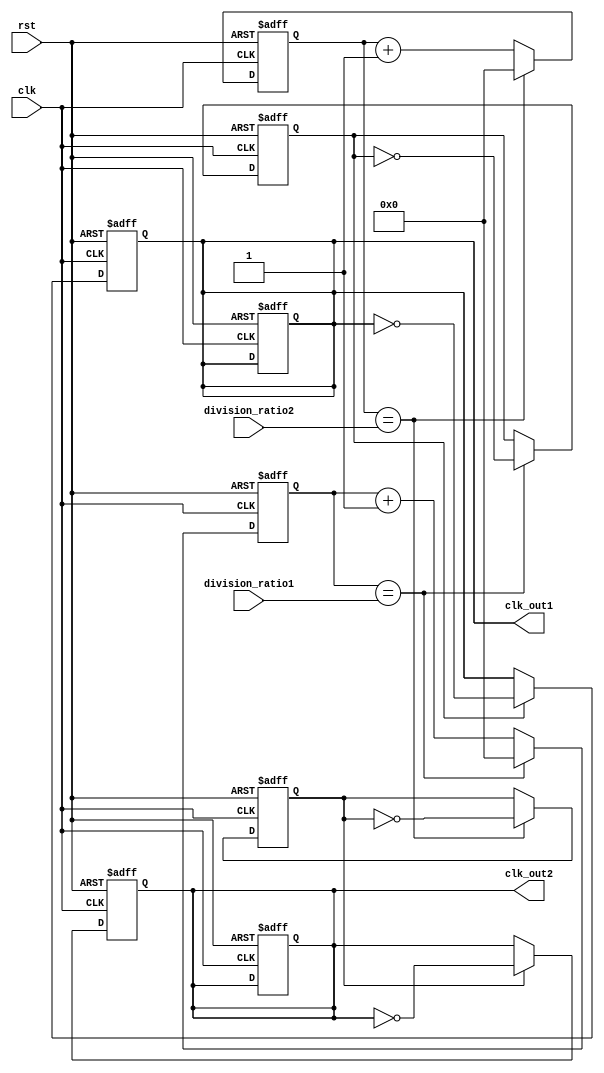
module dual_modulus_clock_divider (
    input clk,
    input rst,
    input [7:0] division_ratio1,
    input [7:0] division_ratio2,
    output reg clk_out1,
    output reg clk_out2
);

reg [7:0] counter1;
reg [7:0] counter2;
reg enable_division1;
reg enable_division2;

always @(posedge clk or posedge rst) begin
    if(rst) begin
        counter1 <= 8'b0;
        counter2 <= 8'b0;
        enable_division1 <= 1'b0;
        enable_division2 <= 1'b0;
        clk_out1 <= 1'b0;
        clk_out2 <= 1'b0;
    end else begin
        counter1 <= counter1 + 1;
        counter2 <= counter2 + 1;
        if(counter1 == division_ratio1) begin
            counter1 <= 8'b0;
            enable_division1 <= ~enable_division1;
        end
        if(counter2 == division_ratio2) begin
            counter2 <= 8'b0;
            enable_division2 <= ~enable_division2;
        end
    end
end

always @(posedge clk or posedge rst) begin
    if(rst) begin
        clk_out1 <= 1'b0;
        clk_out2 <= 1'b0;
    end else begin
        if(enable_division1) begin
            clk_out1 <= ~clk_out1;
        end
        if(enable_division2) begin
            clk_out2 <= ~clk_out2;
        end
    end
end

endmodule